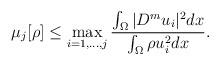
LaTeX: \begin{align*}\mu_{j}[\rho]\leq\max_{i=1,...,j}\frac{\int_{\Omega}|D^m u_i|^2dx}{\int_{\Omega}\rho u_i^2dx}.\end{align*}